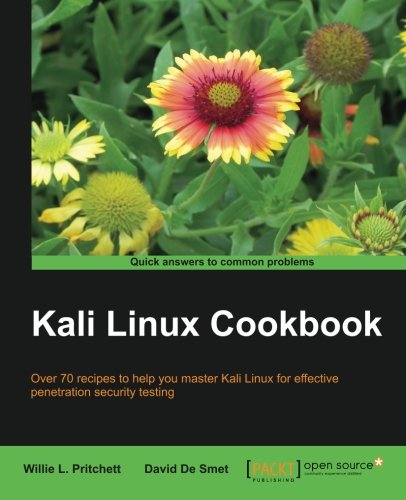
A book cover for Kali Linux Cookbook; Willie L. Pritchett; Computers & Technology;